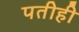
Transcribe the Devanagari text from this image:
पतीही